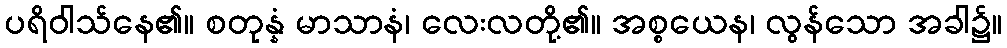
ပရိဝါသ်နေ၏။ စတုန္နံ မာသာနံ၊ လေးလတို့၏။ အစ္စယေန၊ လွန်သော အခါ၌။